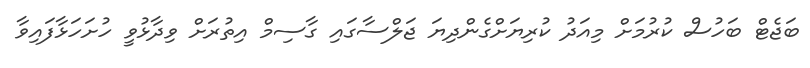
ބަޖެޓް ބަހުސް ކުރުމަށް މިއަދު ކުރިޔަށްގެންދިޔަ ޖަލްސާގައި ގާސިމް އިތުރަށް ވިދާޅުވީ ހުށަހަޅާފައިވާ